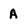
Character: A